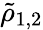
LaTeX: \tilde{\rho}_{1,2}